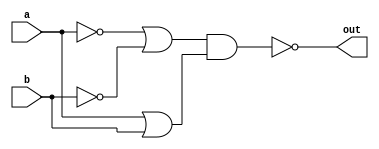
module top_module ( 
    input a, 
    input b, 
    output out );
	
    assign out = ~(( ~a | ~b ) & (a | b));
    // xnor ( out, a, b );
    
endmodule